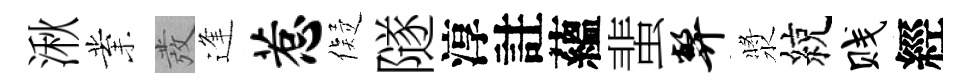
湫業發逢惹儗隧淳註蘊蜚弊漿綂贱經